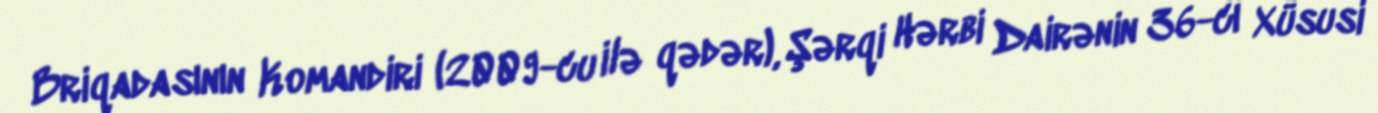
Briqadasının Komandiri (2009-cu ilə qədər), Şərqi Hərbi Dairənin 36-cı Xüsusi